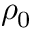
\rho _ { 0 }